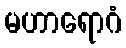
မဟာရောဂံ